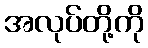
အလုပ်တို့ကို